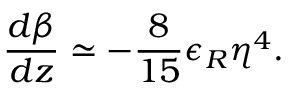
\frac { d \beta } { d z } \simeq - \frac { 8 } { 1 5 } \epsilon _ { R } \eta ^ { 4 } .